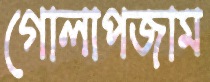
গোলাপজাম